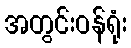
အတွင်းဝန်ရုံး